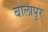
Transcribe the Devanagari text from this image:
बालापुर